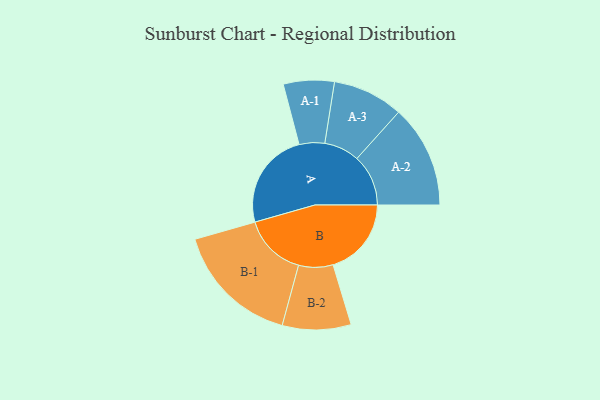
{"axis": {"x": "Segment", "y": "Value"}, "legend": ["", "A", "B"], "data": [{"x": "A", "y": 395, "type": ""}, {"x": "B", "y": 317, "type": ""}, {"x": "A-1", "y": 103, "type": "A"}, {"x": "A-2", "y": 208, "type": "A"}, {"x": "A-3", "y": 143, "type": "A"}, {"x": "B-1", "y": 255, "type": "B"}, {"x": "B-2", "y": 139, "type": "B"}]}